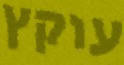
עוקץ